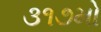
૩૧૭મો